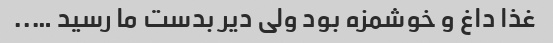
غذا داغ و‌ خوشمزه بود ولی دیر بدست ما رسید …..